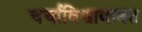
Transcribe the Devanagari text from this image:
चर्चाविश्वाबाबत